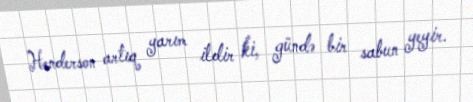
Henderson artıq yarım ildir ki, gündə bir sabun yeyir.